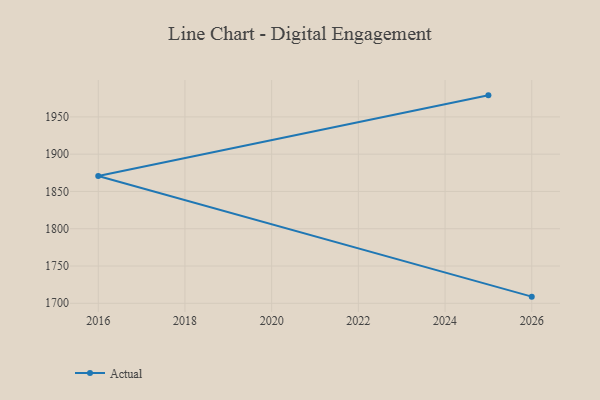
{"axis": {"x": "Year", "y": "Demand Index"}, "legend": ["Actual"], "data": [{"x": "2025", "y": 1978.9, "type": "Actual"}, {"x": "2016", "y": 1870.8, "type": "Actual"}, {"x": "2026", "y": 1708.9, "type": "Actual"}]}